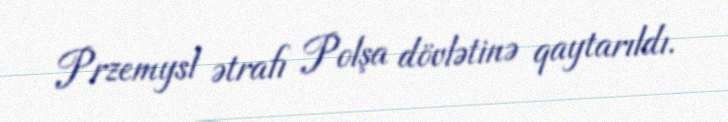
Przemysl ətrafı Polşa dövlətinə qaytarıldı.